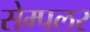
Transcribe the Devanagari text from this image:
सेम्पलर